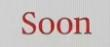
Soon